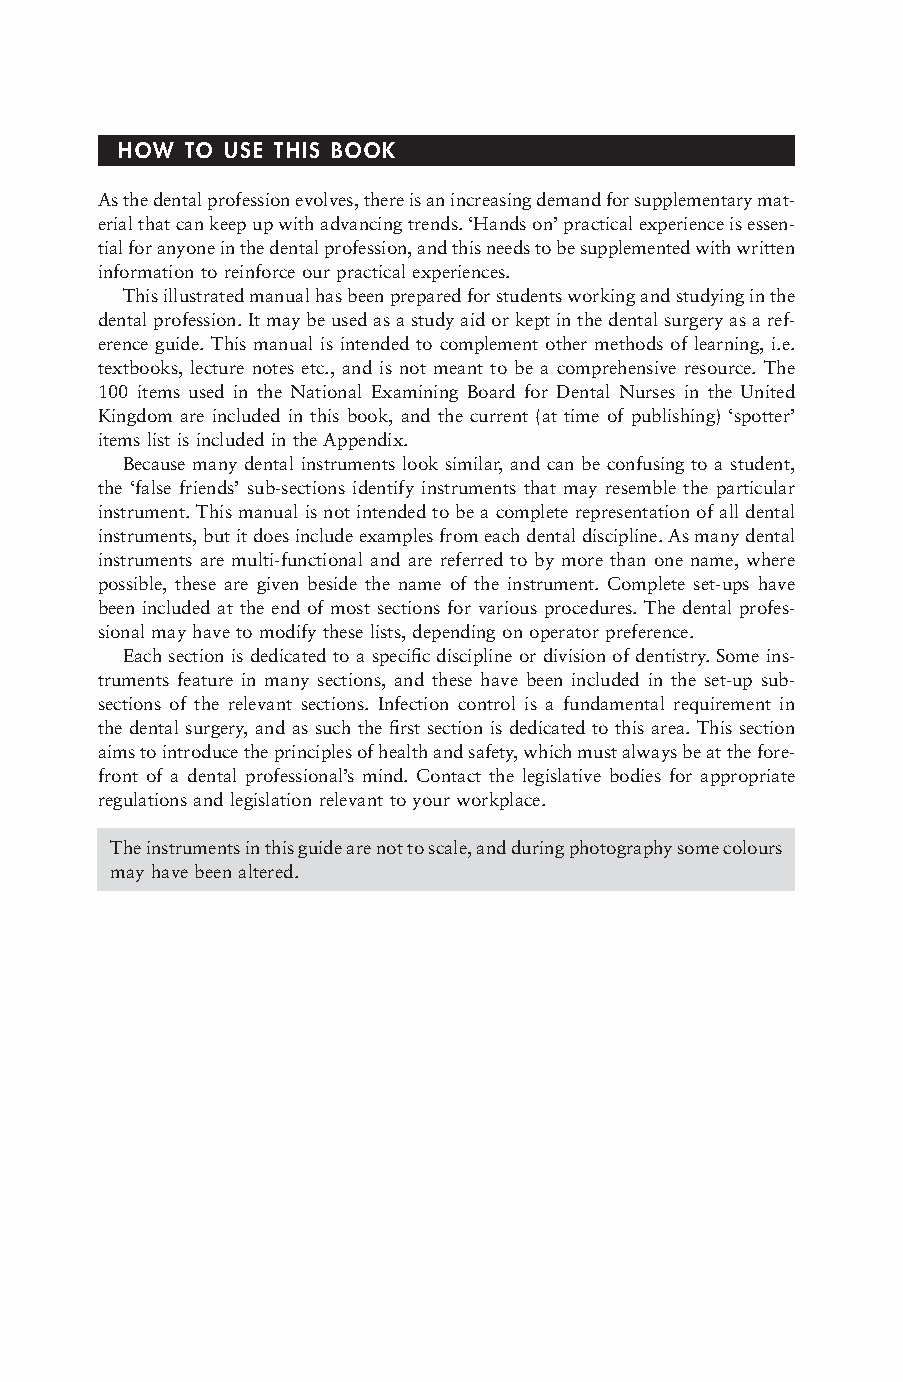
HOW TO USE THIS BOOK
 As the dental profession evolves, there is an increasing demand for supplementary mat-
 erial that can keep up with advancing trends. ‘Hands on’ practical experience is essen-
 tial for anyone in the dental profession, and this needs to be supplemented with written
 information to reinforce our practical experiences.
 This illustrated manual has been prepared for students working and studying in the
 dental profession. It may be used as a study aid or kept in the dental surgery as a ref-
 erence guide. This manual is intended to complement other methods of learning, i.e.
 textbooks, lecture notes etc., and is not meant to be a comprehensive resource. The
 100 items used in the National Examining Board for Dental Nurses in the United
 Kingdom are included in this book, and the current (at time of publishing) ‘spotter’
 items list is included in the Appendix.
 Because many dental instruments look similar, and can be confusing to a student,
 the ‘false friends’ sub-sections identify instruments that may resemble the particular
 instrument. This manual is not intended to be a complete representation of all dental
 instruments, but it does include examples from each dental discipline. As many dental
 instruments are multi-functional and are referred to by more than one name, where
 possible, these are given beside the name of the instrument. Complete set-ups have
 been included at the end of most sections for various procedures. The dental profes-
 sional may have to modify these lists, depending on operator preference.
 Each section is dedicated to a specific discipline or division of dentistry. Some ins-
 truments feature in many sections, and these have been included in the set-up sub-
 sections of the relevant sections. Infection control is a fundamental requirement in
 the dental surgery, and as such the first section is dedicated to this area. This section
 aims to introduce the principles of health and safety, which must always be at the fore-
 front of a dental professional’s mind. Contact the legislative bodies for appropriate
 regulations and legislation relevant to your workplace.
 The instruments in this guide are not to scale, and during photography some colours
 may have been altered.